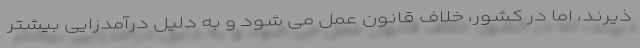
ذیرند، اما در کشور، خلاف قانون عمل می شود و به دلیل درآمدزایی بیشتر